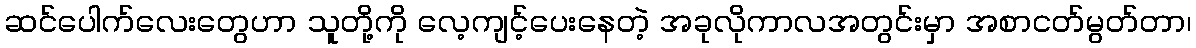
ဆင်ပေါက်လေးတွေဟာ သူတို့ကို လေ့ကျင့်ပေးနေတဲ့ အခုလိုကာလအတွင်းမှာ အစာငတ်မွတ်တာ၊